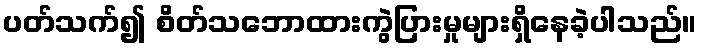
ပတ်သက်၍ စိတ်သဘောထားကွဲပြားမှုများရှိနေခဲ့ပါသည်။